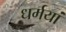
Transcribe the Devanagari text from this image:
धर्मयां